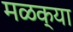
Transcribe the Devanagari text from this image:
मळक्या